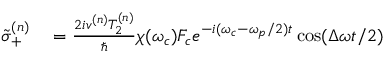
\begin{array} { r l } { \tilde { \sigma } _ { + } ^ { ( n ) } } & { { } = \frac { 2 i v ^ { ( n ) } T _ { 2 } ^ { ( n ) } } { \hbar } \chi ( \omega _ { c } ) F _ { c } e ^ { - i ( \omega _ { c } - \omega _ { p } / 2 ) t } \cos ( \Delta \omega t / 2 ) } \end{array}